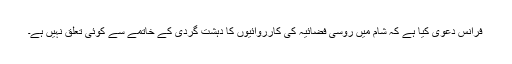
فرانس دعویٰ کیا ہے کہ شام میں روسی فضائیہ کی کارروائیوں کا دہشت گردی کے خاتمے سے کوئی تعلق نہیں ہے۔